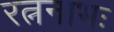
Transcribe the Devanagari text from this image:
रत्ननाभः